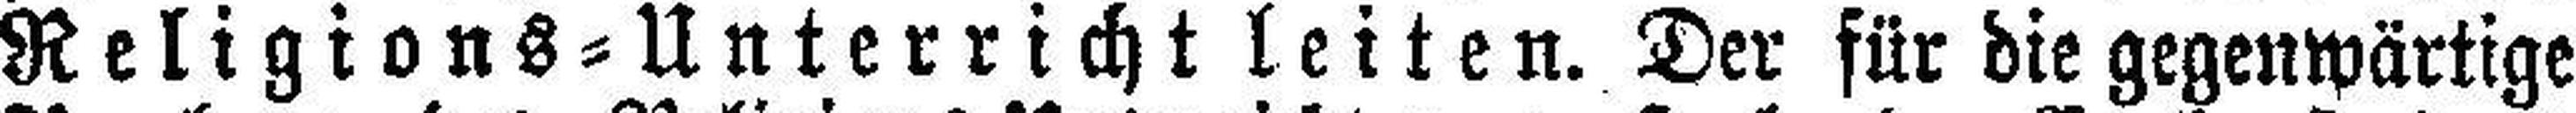
Religions=Unterricht leiten. Der für die gegenwärtige